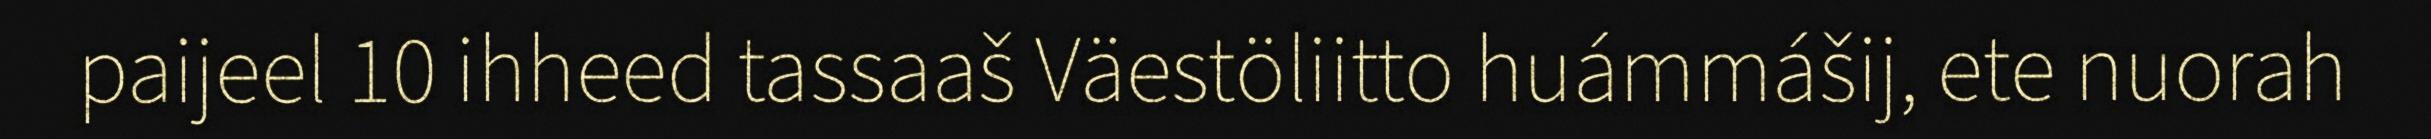
paijeel 10 ihheed tassaaš Väestöliitto huámmášij, ete nuorah